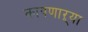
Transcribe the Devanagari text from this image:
कापणाऱ्या